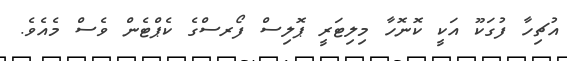
އުޗިހާ ފުގަކޫ އަކީ ކޮނޮހާ މިލިޓަރީ ޕޮލިސް ފޯރސްގެ ކެޕްޓެން ވެސް މެއެވެ.